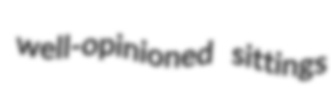
well-opinioned sittings